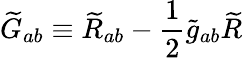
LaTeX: {\widetilde{G}}_{ab}\equiv{\widetilde{R}}_{ab}-{\frac{1}{2}}{\widetilde{g}}_{ab}{\widetilde{R}}